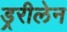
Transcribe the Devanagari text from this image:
ड्ररीलेन